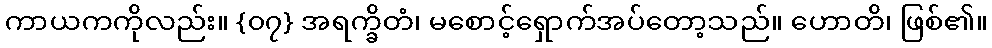
ကာယကကိုလည်း။ {၀၇} အရက္ခိတံ၊ မစောင့်ရှောက်အပ်တော့သည်။ ဟောတိ၊ ဖြစ်၏။